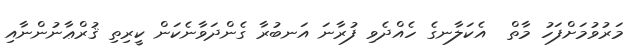
މަރުވުމަށްފަހު މާތް  އެކަލާނގެ ހެއްދެވި ފުރާނަ އަނބުރާ ގެންދަވާނެކަން ކީރިތި ޤުރްޢާނުންނާއި